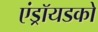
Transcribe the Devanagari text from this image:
एंड्रॉयडको